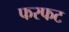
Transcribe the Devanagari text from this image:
फरफट